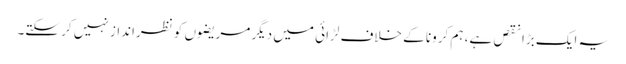
یہ ایک بڑا نقص ہے، ہم کرونا کے خلاف لڑائی میں دیگر مریضوں کو نظرانداز نہیں کر سکتے۔